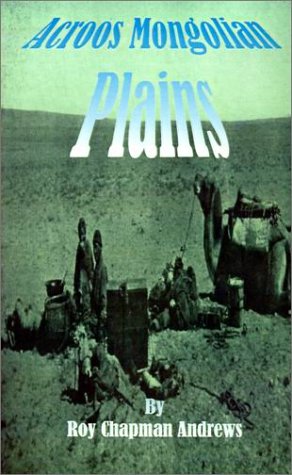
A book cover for Across Mongolian Plains: A Naturalists Account of China's "Great Northwest"; Roy Chapman Andrews; Travel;